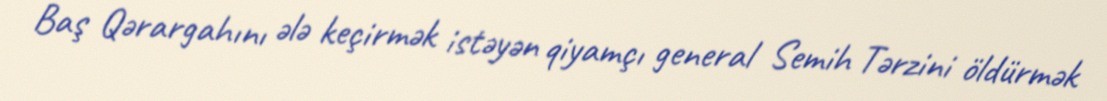
Baş Qərargahını ələ keçirmək istəyən qiyamçı general Semih Tərzini öldürmək